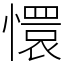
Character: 懁